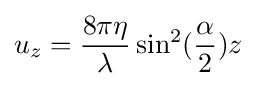
u_{z}={\frac {8\pi \eta }{\lambda }}\sin ^{2}({\frac {\alpha }{2}})z